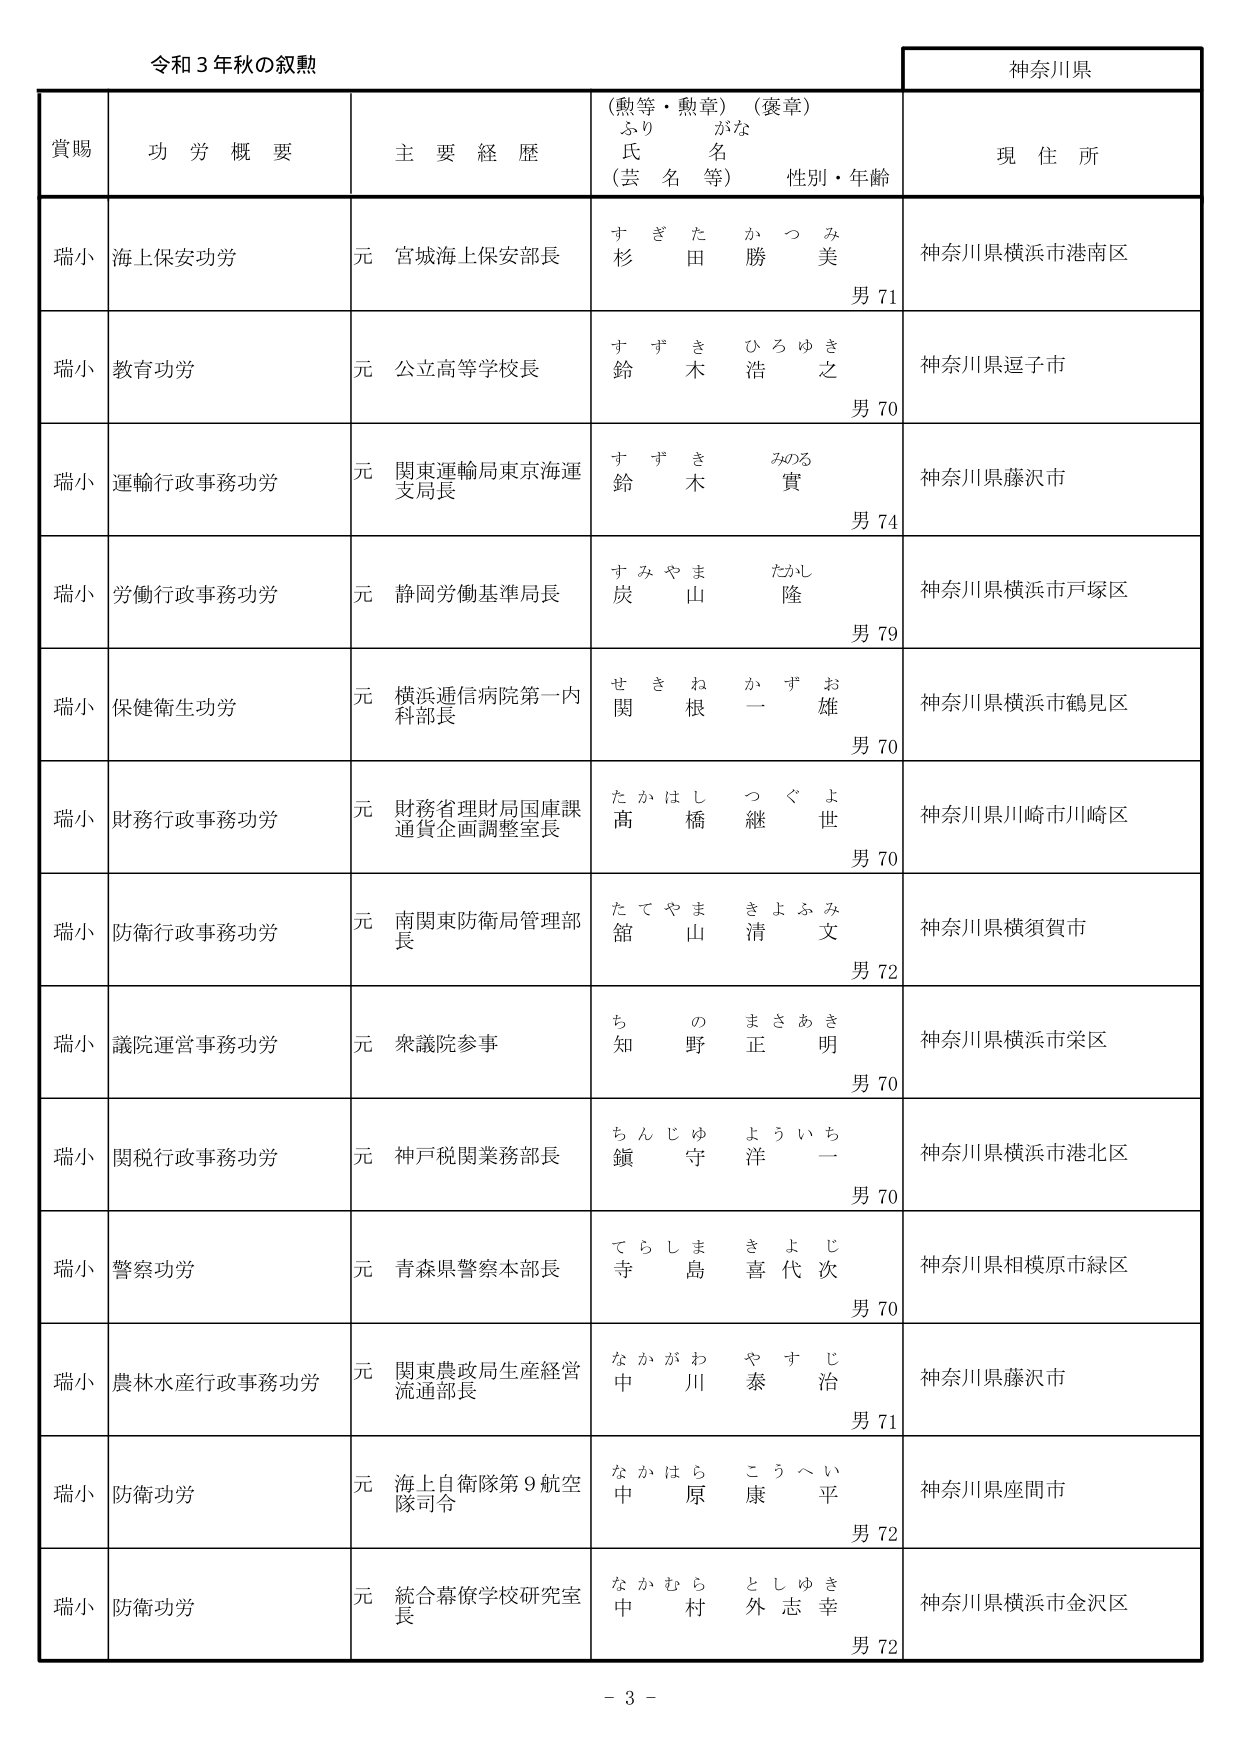
令和３年秋の叙勲

神奈川県

賞賜　　功労概要　　主要経歴　　（勲等・勲章）（褒章）　　現住所
　　　　　　　　　　　　　　ふりがな
　　　　　　　　　　　　　　氏名
　　　　　　　　　　　　　　（芸名等）　　性別・年齢

瑞小　海上保安功労　　元 宮城海上保安部長　　すぎた かつみ　　杉田 勝美　　男 71　　神奈川県横浜市港南区

瑞小　教育功労　　元 公立高等学校長　　すずき ひろゆき　　鈴木 浩之　　男 70　　神奈川県逗子市

瑞小　運輸行政事務功労　　元 関東運輸局東京海運支局長　　すずき みのる　　鈴木 實　　男 74　　神奈川県藤沢市

瑞小　労働行政事務功労　　元 静岡労働基準局長　　すみやま たかし　　炭山 隆　　男 79　　神奈川県横浜市戸塚区

瑞小　保健衛生功労　　元 横浜通信病院第一内科部長　　せきね かずお　　関根 一雄　　男 70　　神奈川県横浜市鶴見区

瑞小　財務行政事務功労　　元 財務省理財局国庫課通貨企画調整室長　　たかはし つぐよ　　高橋 継世　　男 70　　神奈川県川崎市川崎区

瑞小　防衛行政事務功労　　元 南関東防衛局管理部長　　たてやま きよふみ　　舘山 清文　　男 72　　神奈川県横須賀市

瑞小　議院運営事務功労　　元 衆議院参事　　ちの まさあき　　知野 正明　　男 70　　神奈川県横浜市栄区

瑞小　関税行政事務功労　　元 神戸税関業務部長　　ちんじゅ よういち　　鎮守 洋一　　男 70　　神奈川県横浜市港北区

瑞小　警察功労　　元 青森県警察本部長　　てらしま きよじ　　寺島 喜代次　　男 70　　神奈川県相模原市緑区

瑞小　農林水産行政事務功労　　元 関東農政局生産経営流通部長　　なかがわ やすじ　　中川 泰治　　男 71　　神奈川県藤沢市

瑞小　防衛功労　　元 海上自衛隊第9航空隊司令　　なかはら こうへい　　中原 康平　　男 72　　神奈川県座間市

瑞小　防衛功労　　元 統合幕僚学校研究室長　　なかむら としゆき　　中村 外志幸　　男 72　　神奈川県横浜市金沢区

－ 3 －